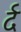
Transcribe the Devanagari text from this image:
र्द